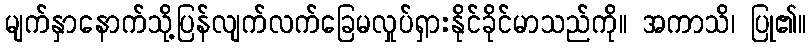
မျက်နှာနောက်သို့ပြန်လျက်လက်ခြေမလှုပ်ရှားနိုင်ခိုင်မာသည်ကို။ အကာသိ၊ ပြု၏။